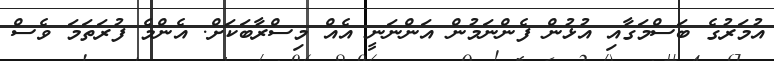
އުމަރުގެ ބަސްމަގާއި އުޅުން ފެންނަމުން އަންނަނީ އެއް މިސްރާބަކަށް. އެންމެ ފުރަތަމަ ވެސް